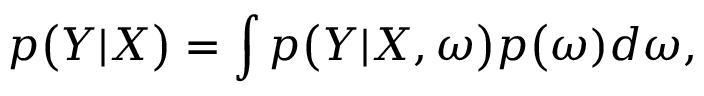
p \big ( \boldsymbol { Y } | \boldsymbol { X } \big ) = \int p \big ( \boldsymbol { Y } | \boldsymbol { X } , \boldsymbol { \omega } \big ) p \big ( \boldsymbol { \omega } ) d \boldsymbol { \omega } ,